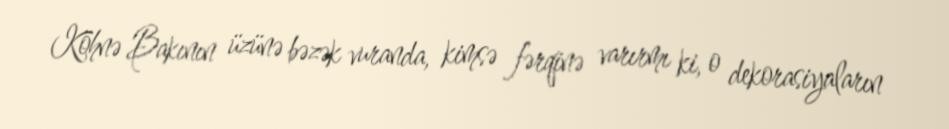
Köhnə Bakının üzünə bəzək vuranda, kimsə fərqinə varırmı ki, o dekorasiyaların